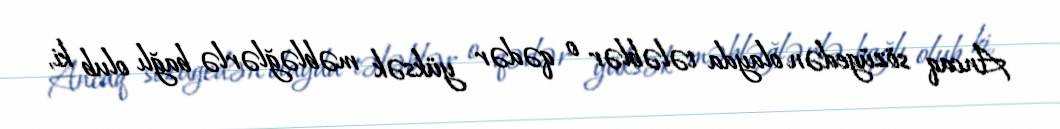
Ancaq sözügedən olayda tələblər o qədər yüksək məbləğlərlə bağlı olub ki,